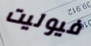
فيوليت